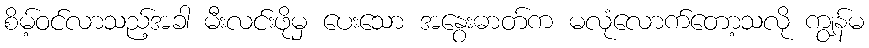
စိမ့်ဝင်လာသည့်အခါ မီးလင်းဖိုမှ ပေးသော အနွေးဓာတ်က မလုံလောက်တော့သလို ကျွန်မ